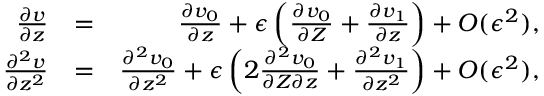
\begin{array} { r l r } { \frac { \partial v } { \partial z } } & { = } & { \frac { \partial v _ { 0 } } { \partial z } + \epsilon \left( \frac { \partial v _ { 0 } } { \partial Z } + \frac { \partial v _ { 1 } } { \partial z } \right) + O ( \epsilon ^ { 2 } ) , } \\ { \frac { \partial ^ { 2 } v } { \partial z ^ { 2 } } } & { = } & { \frac { \partial ^ { 2 } v _ { 0 } } { \partial z ^ { 2 } } + \epsilon \left( 2 \frac { \partial ^ { 2 } v _ { 0 } } { \partial Z \partial z } + \frac { \partial ^ { 2 } v _ { 1 } } { \partial z ^ { 2 } } \right) + O ( \epsilon ^ { 2 } ) , } \end{array}